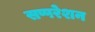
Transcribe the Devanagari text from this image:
सप्परेशन